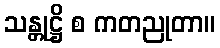
သန္တုဋ္ဌိ စ ကတညုတာ။